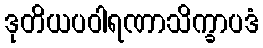
ဒုတိယပဝါရဏာသိက္ခာပဒံ